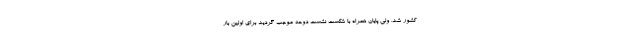
کشور شد. ولی پایان همراه با شکست نشست دوحه موجب گردید برای اولین بار